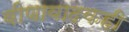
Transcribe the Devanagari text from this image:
वीणावादकही